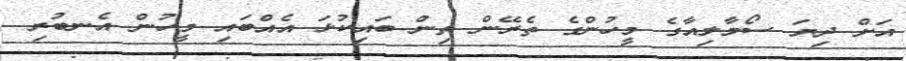
އަށް ދިޔަ ސޯމާލިއާގެ މީހުންގެ ތެރޭން ތިން ބައިކުޅަ އެއްބައި މީހުން އެނބުރި